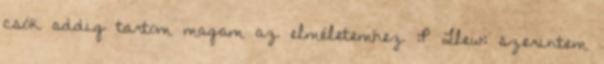
csók addig tartom magam az elméletemhez :P Llew: szerintem